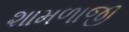
શામળાજી